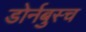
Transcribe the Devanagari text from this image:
डोर्नबुस्च